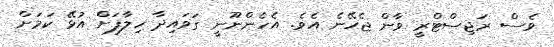
ވެސް ރަޖިސްޓްރީ ވާން ޖެހޭނެ އެވެ. އެހެންނޫނީ ގަވައިދާ ހިލާފަށް އުޅޭ ކަމަށް